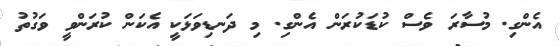
އެންގި. މުސާރަ ވެސް ކުޑަކުރަން އެންގި. މި ދަނޑިވަޅަކީ އެކަން ކުރަންވީ ވަގުތު